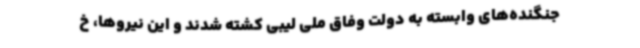
جنگنده‌های وابسته به دولت وفاق ملی لیبی کشته شدند و این نیروها، خ